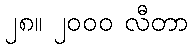
၂၈။ ၂၀၀၀ လီတာ